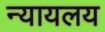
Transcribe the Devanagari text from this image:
न्‍यायलय